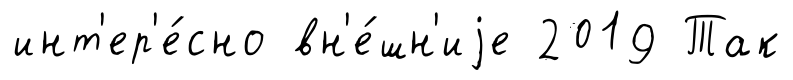
инт'ер'е́сно вн'е́шн'иjе 2019 Так